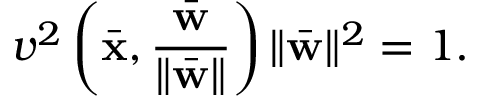
v ^ { 2 } \left( \bar { { \bf x } } , \frac { \bar { { \bf w } } } { \| \bar { { \bf w } } \| } \right) \| \bar { \bf w } \| ^ { 2 } = 1 .